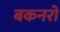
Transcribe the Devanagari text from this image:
बकनरों